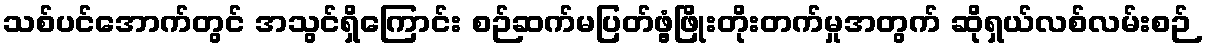
သစ်ပင်အောက်တွင် အသွင်ရှိကြောင်း စဉ်ဆက်မပြတ်ဖွံ့ဖြိုးတိုးတက်မှုအတွက် ဆိုရှယ်လစ်လမ်းစဉ်